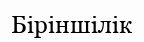
Біріншілік